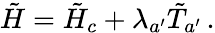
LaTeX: \tilde{H}=\tilde{H}_{c}+\lambda_{a^{\prime}}\tilde{T}_{a^{\prime}}\, .